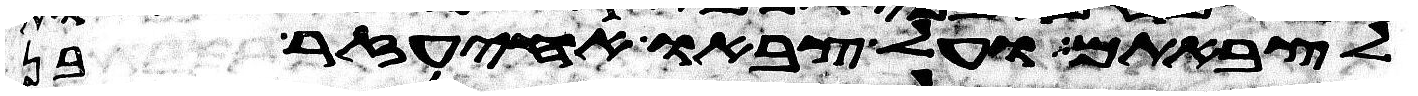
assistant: לצבאתם ועל צבאו אחיעזר בן